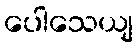
ပေါသေယျ